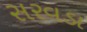
સરવડા